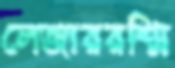
লেজাররশ্মি